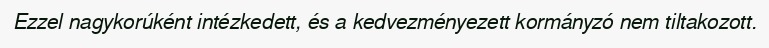
Ezzel nagykorúként intézkedett, és a kedvezményezett kormányzó nem tiltakozott.